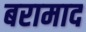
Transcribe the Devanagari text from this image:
बरामाद